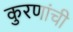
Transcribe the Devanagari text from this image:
कुरणांची